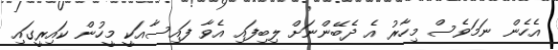
އެހެން ނަމަވެސް މިހާރު އެ ދެބޭންނަށް ލިބިފައި އެވާ ފައިސާއަކީ މީހުން ކައިރީގައި